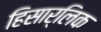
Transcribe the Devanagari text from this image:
हिसार्लिक